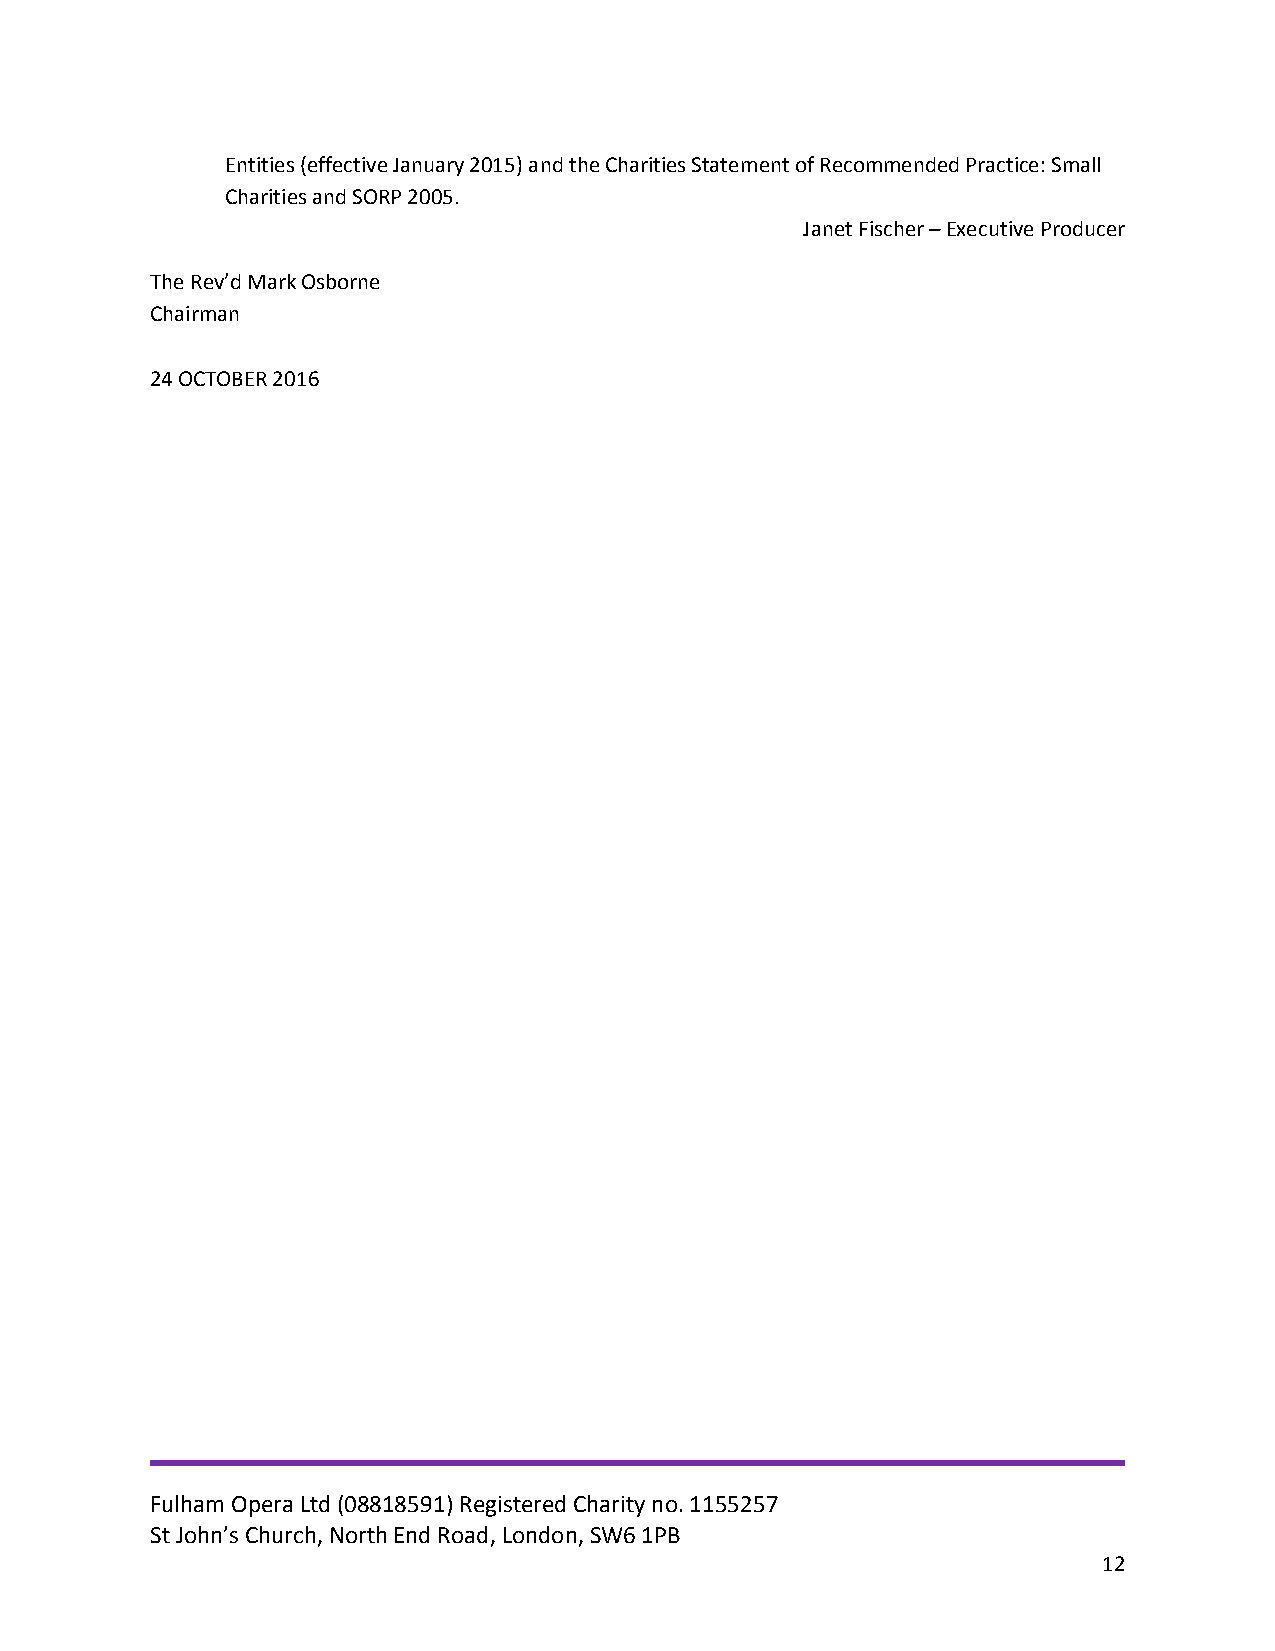
Entities (effective January 2015) and the Charities Statement of Recommended Practice: Small
 Charities and SORP 2005.
 Janet Fischer – Executive Producer
 The Rev’d Mark Osborne
 Chairman
 24 OCTOBER 2016
 Fulham Opera Ltd (08818591) Registered Charity no. 1155257
 St John’s Church, North End Road, London, SW6 1PB
 12